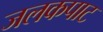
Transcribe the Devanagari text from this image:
जलकपाट